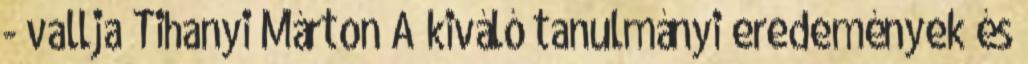
- vallja Tihanyi Márton A kiváló tanulmányi eredemények és